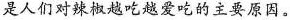
是人们对辣椒越吃越爱吃的主要原因。